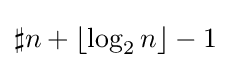
\sharp n+\lfloor \log _{2}n\rfloor -1